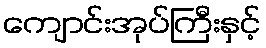
ကျောင်းအုပ်ကြီးနှင့်